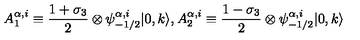
A _ { 1 } ^ { \alpha , i } \equiv \frac { 1 + \sigma _ { 3 } } { 2 } \otimes \psi _ { - 1 / 2 } ^ { \alpha , i } | 0 , k \rangle , A _ { 2 } ^ { \alpha , i } \equiv \frac { 1 - \sigma _ { 3 } } { 2 } \otimes \psi _ { - 1 / 2 } ^ { \alpha , i } | 0 , k \rangle